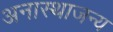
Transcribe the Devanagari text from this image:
अनास्थाजन्य